Scientific memoirs by medical officers of the Army of India - Part V,
Year: 1890
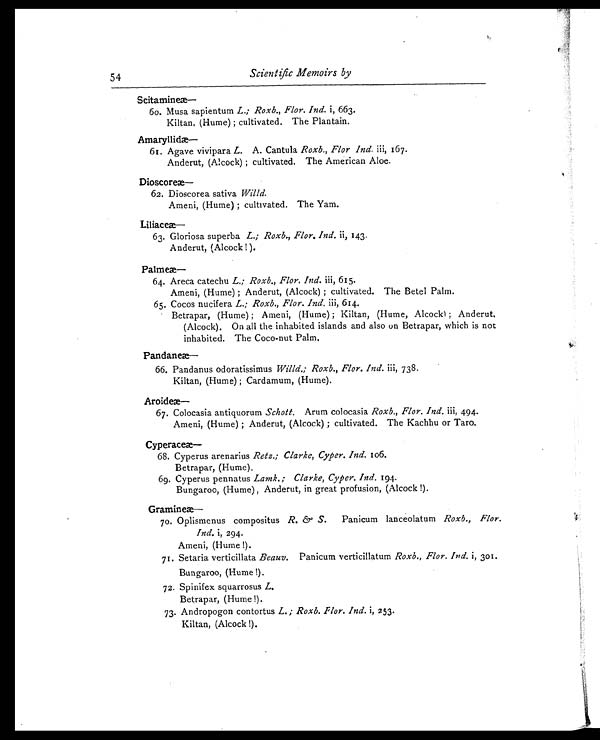
54
Scientific Memoirs by
Scitamine
æ—
60. Musa sapientum L.; Roxb., Flor. Ind. i, 663.
Kiltan, (Hume); cultivated. The Plantain.
Amaryllid
æ—
61. Agave vivipara L. A. Cantula Roxb., Flor Ind. iii, 167.
Anderut, (Alcock); cultivated. The American Aloe.
Dioscore
æ—
62. Dioscorea sativa Willd.
Ameni, (Hume); cultivated. The Yam.
Liliaceæ— 63. Gloriosa superba L.; Roxb., Flor. Ind. ii, 143.
Anderut, (Alcock!).
Palmeæ—
64. Areca catechu L.; Roxb., Flor. Ind. iii, 615.
Ameni, (Hume); Anderut, (Alcock); cultivated. The Betel Palm.
65. Cocos nucifera L.; Roxb., Flor. Ind. iii, 614.
Betrapar, (Hume); Ameni, (Hume); Kiltan, (Hume, Alcock); Anderut
.
(Alcock). On all the inhabited islands and also on Betrapar, which is not
inhabited. The Coco-nut Palm.
Pandaneæ—
66. Pandanus odoratissimus Willd.; Roxb., Flor. Ind. iii, 738.
Kiltan, (Hume); Cardamum, (Hume).
Aroideæ—
67. Colocasia antiquorum Schott. Arum colocasia Roxb., Flor. Ind. iii, 494.
Ameni, (Hume); Anderut, (Alcock); cultivated. The Kachhu or Taro.
Cyperace
æ—
68. Cyperus arenarius Retz.; Clarke, Cyper. Ind. 106.
Betrapar, (Hume).
69. Cyperus pennatus Lamk.; Clarke, Cyper. Ind. 194
.
Bungaroo, (Hume), Anderut, in great profusion, (Alcock!).
Gramine
æ—
70. Oplismenus compositus R. & S. Panicum lanceolatum Roxb., Flor.
Ind. i, 294.
Ameni, (Hume!).
71. Setaria verticillata Beauv. Panicum verticillatum Roxb., Flor. Ind. i, 301.
Bungaroo, (Hume!).
72. Spinifex squarrosus L.
Betrapar, (Hume!).
73. Andropogon contortus L.; Roxb. Flor. Ind. i, 253.
Kiltan, (Alcock!).